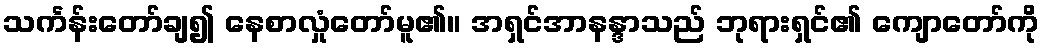
သင်္ကန်းတော်ချ၍ နေစာလှုံတော်မူ၏။ အရှင်အာနန္ဒာသည် ဘုရားရှင်၏ ကျောတော်ကို